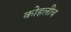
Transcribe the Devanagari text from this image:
कोहलीच